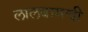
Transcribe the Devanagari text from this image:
लालबागची